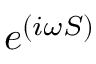
e ^ { ( i \omega S ) }